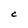
Character: C